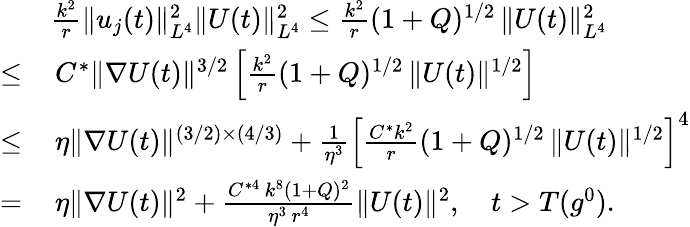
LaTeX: \begin{array}{rl}&{\frac{k^{2}}{r}\| u_{j}(t)\| _{L^{4}}^{2}\| U(t)\| _{L^{4}}^{2}\leq\frac{k^{2}}{r}(1+Q)^{1/2}\, \| U(t)\| _{L^{4}}^{2}}\\ {\leq}&{\, C^{*}\| \nabla U(t)\| ^{3/2}\left[\frac{k^{2}}{r}(1+Q)^{1/2}\, \| U(t)\| ^{1/2}\right]}\\ {\leq}&{\, \eta\| \nabla U(t)\| ^{(3/2)\times(4/3)}+\frac{1}{\eta^{3}}\left[\frac{C^{*}k^{2}}{r}(1+Q)^{1/2}\, \| U(t)\| ^{1/2}\right]^{4}}\\ {=}&{\, \eta\| \nabla U(t)\| ^{2}+\frac{C^{*4}\, k^{8}(1+Q)^{2}}{\eta^{3}\, r^{4}}\| U(t)\| ^{2},\quad t>T(g^{0}).}\end{array}